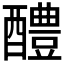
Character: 醴